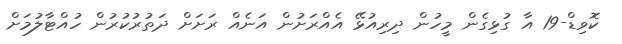
ކޮވިޑް-19 އާ ގުޅިގެން މީހުން ދިރިއުޅޭ އެއްރަށުން އަނެއް ރަށަށް ދަތުރުކުރުން ހުއްޓާލުމަށް